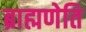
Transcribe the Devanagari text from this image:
ब्राह्मणेति